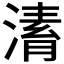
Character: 𣼌